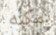
يمكنه